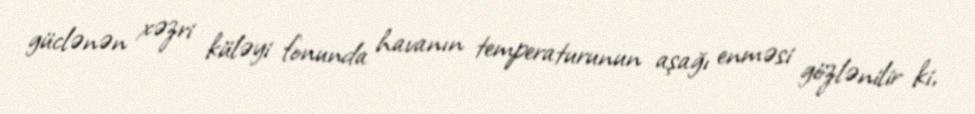
güclənən xəzri küləyi fonunda havanın temperaturunun aşağı enməsi gözlənilir ki,